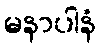
မနာပါနံ